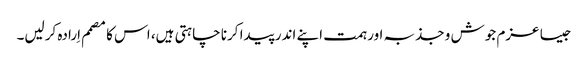
جیسا عزم جوش و جذبہ اور ہمت اپنے اندر پیدا کرنا چاہتی ہیں، اس کا مصمم اِرادہ کرلیں۔